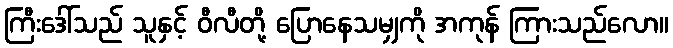
ကြီးဒေါ်သည် သူနှင့် ဝီလီတို့ ပြောနေသမျှကို အကုန် ကြားသည်လော။